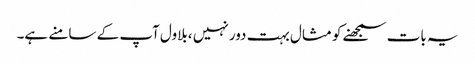
یہ بات سمجھنے کو مثال بہت دور نہیں ،بلاول آپ کے سامنے ہے۔